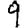
Digit: 9